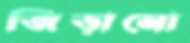
জিড়ানো